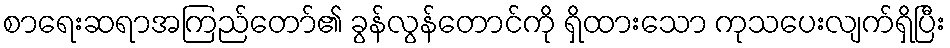
စာရေးဆရာအကြည်တော်၏ ခွန်လွန်တောင်ကို ရှိထားသော ကုသပေးလျက်ရှိပြီး